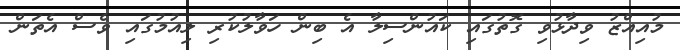
މުއިއްޒު ވިދާޅުވި ގޮތުގައި ކައުންސިލާ އެ ބިން ހަވާލުކުރި ލިއުމުގައި ވެސް އެތަން